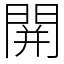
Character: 䦕